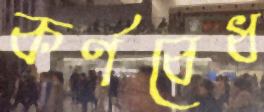
কর্ণবেধ